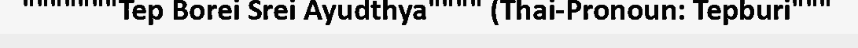
"""""""Tep Borei Srei Ayudthya"""" (Thai-Pronoun: Tepburi"""